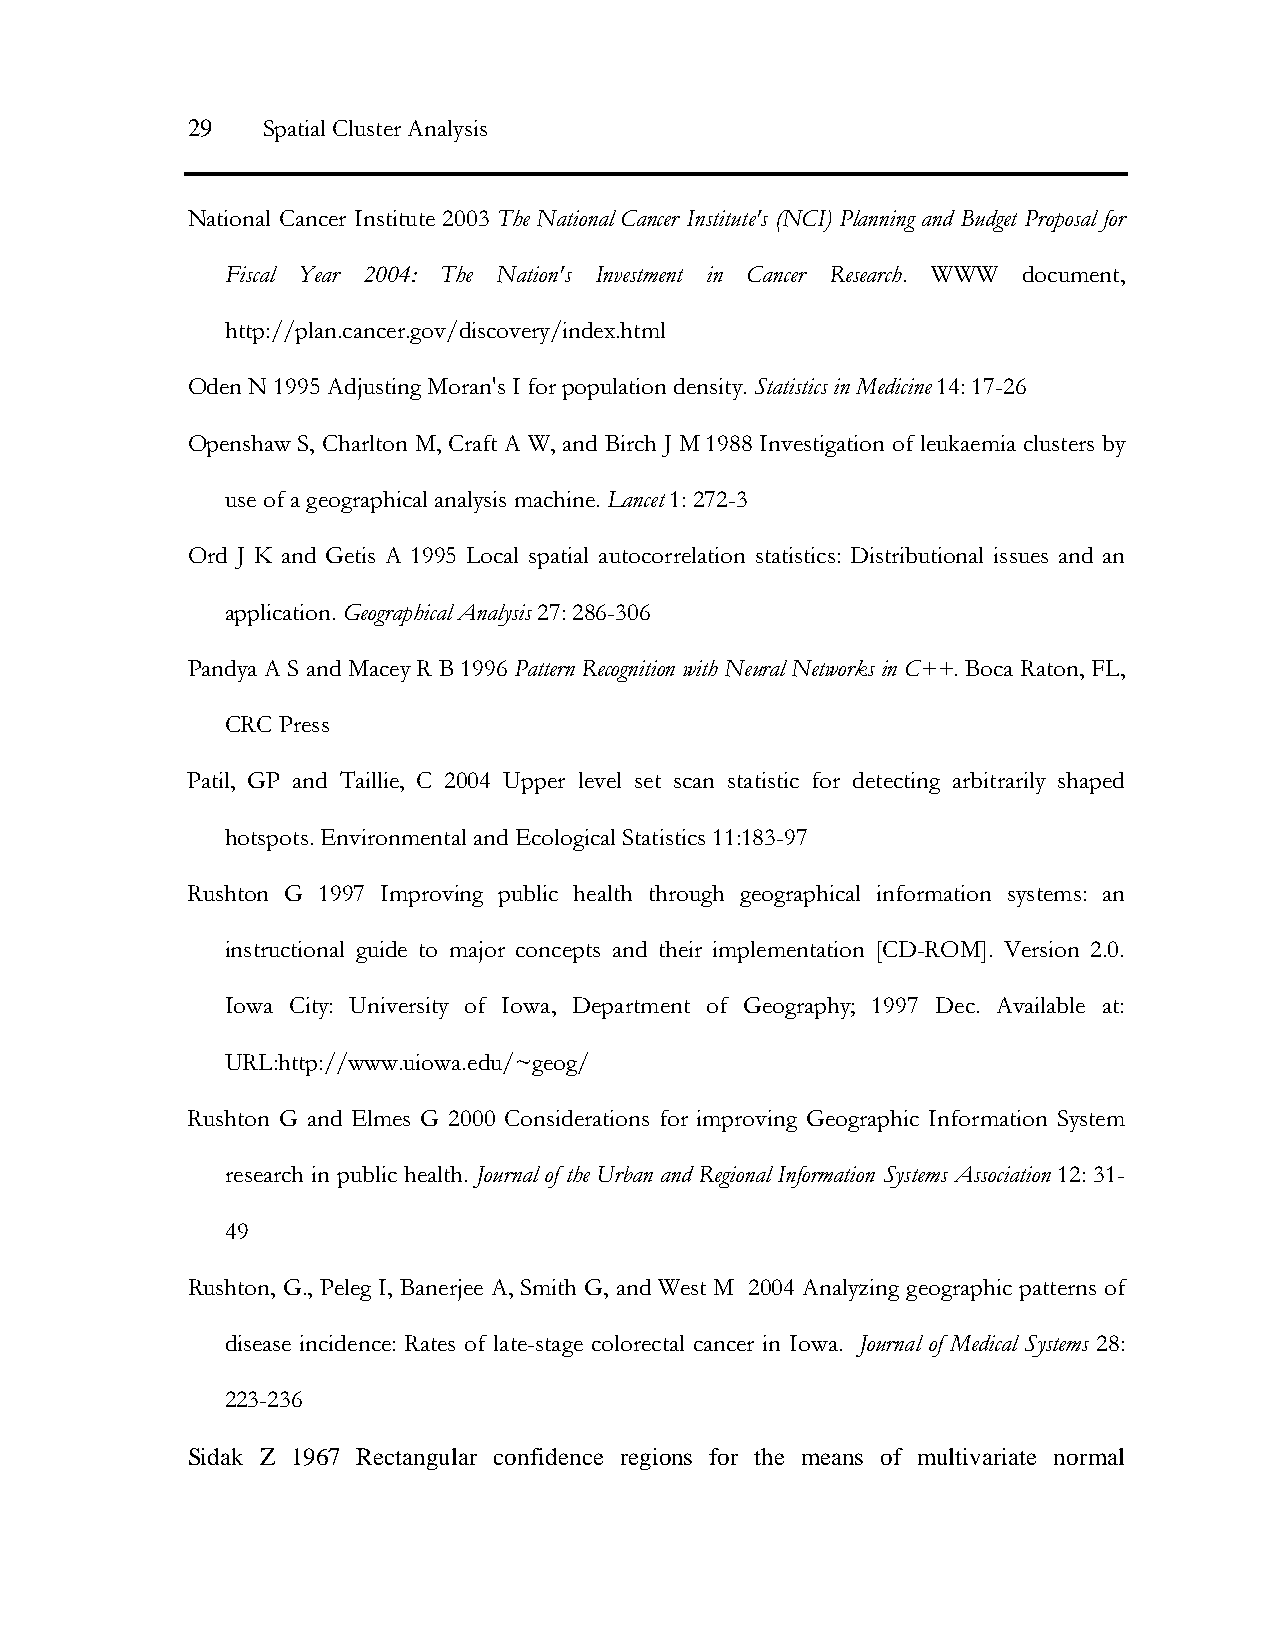
29   Spatial Cluster Analysis
 National Cancer Institute 2003 The National Cancer Institute's (NCI) Planning and Budget Proposal for
 Fiscal Year 2004: The Nation's Investment in Cancer Research. WWW document,
 http://plan.cancer.gov/discovery/index.html
 Oden N 1995 Adjusting Moran's I for population density. Statistics in Medicine 14: 17-26
 Openshaw S, Charlton M, Craft A W, and Birch J M 1988 Investigation of leukaemia clusters by
 use of a geographical analysis machine. Lancet 1: 272-3
 Ord J K and Getis A 1995 Local spatial autocorrelation statistics: Distributional issues and an
 application. Geographical Analysis 27: 286-306
 Pandya A S and Macey R B 1996 Pattern Recognition with Neural Networks in C++. Boca Raton, FL,
 CRC Press
 Patil, GP and Taillie, C 2004 Upper level set scan statistic for detecting arbitrarily shaped
 hotspots. Environmental and Ecological Statistics 11:183-97
 Rushton G 1997 Improving public health through geographical information systems: an
 instructional guide to major concepts and their implementation [CD-ROM]. Version 2.0.
 Iowa City: University of Iowa, Department of Geography; 1997 Dec. Available at:
 URL:http://www.uiowa.edu/~geog/
 Rushton G and Elmes G 2000 Considerations for improving Geographic Information System
 research in public health. Journal of the Urban and Regional Information Systems Association 12: 31-
 49
 Rushton, G., Peleg I, Banerjee A, Smith G, and West M 2004 Analyzing geographic patterns of
 disease incidence: Rates of late-stage colorectal cancer in Iowa. Journal of Medical Systems 28:
 223-236
 Sidak Z 1967 Rectangular confidence regions for the means of multivariate normal